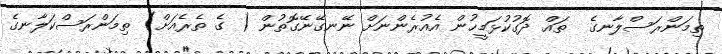
ތިމަންރަސްލާނގެ  ތައް ދޮގުކުޅަމީހުން އެއުރެންނަށް ނޭނގޭނޭގޮތުން ( ގެ ތެރެއަށް) ތިމަންރަސްކަލާނގެ